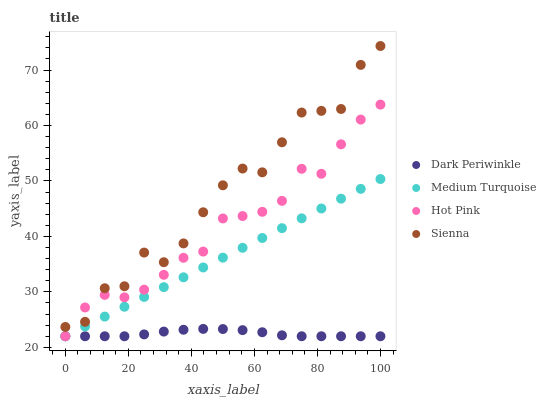
| xaxis_label | Dark Periwinkle | Medium Turquoise | Hot Pink | Sienna |
 | --- | --- | --- | --- | --- |
 | 0 | 22 | 22 | 22 | 23.7 |
 | 6.25 | 22 | 23.8 | 27.2 | 24.6 |
 | 12.5 | 22 | 25.5 | 29.5 | 30.7 |
 | 18.8 | 22 | 27.3 | 29 | 31 |
 | 25 | 22.3 | 29.1 | 30.4 | 37.1 |
 | 31.2 | 22.8 | 30.9 | 33.1 | 35.4 |
 | 37.5 | 23.2 | 32.6 | 36.1 | 38.7 |
 | 43.8 | 23.3 | 34.4 | 37.3 | 44.4 |
 | 50 | 23.3 | 36.2 | 43.2 | 49.2 |
 | 56.2 | 23.1 | 37.9 | 43.7 | 52.2 |
 | 62.5 | 22.7 | 39.7 | 44.4 | 51.6 |
 | 68.8 | 22.2 | 41.5 | 46.4 | 57 |
 | 75 | 22 | 43.3 | 52.2 | 62.3 |
 | 81.2 | 22 | 45 | 51.3 | 62.6 |
 | 87.5 | 22 | 46.8 | 56.6 | 63 |
 | 93.8 | 22 | 48.6 | 61.1 | 70.9 |
 | 100 | 22 | 50.3 | 63.8 | 74.3 |